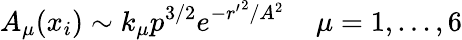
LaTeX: A_{\mu}(x_{i})\sim k_{\mu}p^{3/2}e^{-{r^{\prime}}^{2}/A^{2}}\; \; \; \; \mu=1,...,6